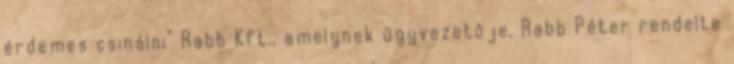
érdemes csinálni” Rabb Kft., amelynek ügyvezetôje, Rabb Péter rendelte